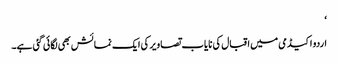
‘
اردو اکیڈمی میں اقبال کی نایاب تصاویر کی ایک نمائش بھی لگائی گئی ہے۔